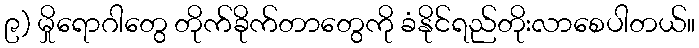
၉) မှိုရောဂါတွေ တိုက်ခိုက်တာတွေကို ခံနိုင်ရည်တိုးလာစေပါတယ်။